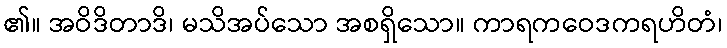
၏။ အဝိဒိတာဒိ၊ မသိအပ်သော အစရှိသော။ ကာရကဝေဒကရဟိတံ၊